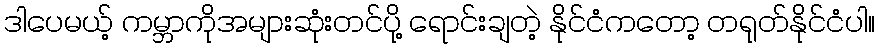
ဒါပေမယ့် ကမ္ဘာကိုအများဆုံးတင်ပို့ ရောင်းချတဲ့ နိုင်ငံကတော့ တရုတ်နိုင်ငံပါ။